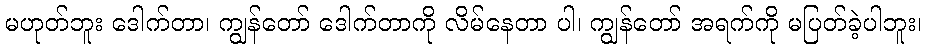
မဟုတ်ဘူး ဒေါက်တာ၊ ကျွန်တော် ဒေါက်တာကို လိမ်နေတာ ပါ၊ ကျွန်တော် အရက်ကို မပြတ်ခဲ့ပါဘူး၊